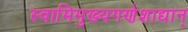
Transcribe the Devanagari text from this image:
स्वामिमुख्यगणेशाद्यान्